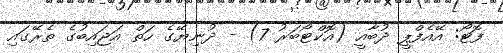
ފޮޓޯ: އޭއެފްޕީ ދުބާއީ (އޮކްޓޯބަރު 7) - ދުނިޔޭގެ ހަތް އަޖައިބުގެ ތެރޭގައި